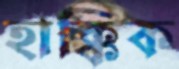
হাক্কিক